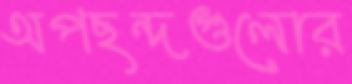
অপছন্দগুলোর